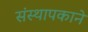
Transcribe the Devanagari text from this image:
संस्थापकाने